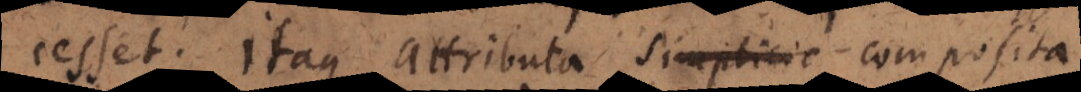
cesset. Itaque attributa composita